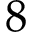
8